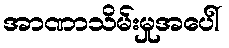
အာဏာသိမ်းမှုအပေါ်